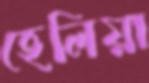
হেলিয়া